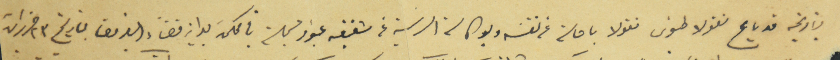
بتاريخه قد باع نقولا طنوس نقولا باحالة عن نفسَه وبوكالته الرسمية عن شقيقه عبود مسجلة في محكمة بداية قضاء الفريق بتاريخ ٢٣ حزيران